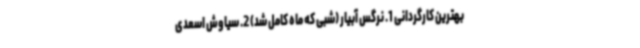
بهترین کارگردانی 1. نرگس آبیار (شبی که ماه کامل شد) 2. سیاوش اسعدی